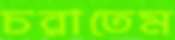
চরাতেম